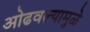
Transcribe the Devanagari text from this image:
ओढवल्यामुळे